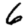
Digit: 6